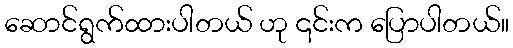
ဆောင်ရွက်ထားပါတယ် ဟု ၎င်းက ပြောပါတယ်။